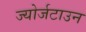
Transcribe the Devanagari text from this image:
ज्योर्जटाउन